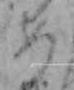
め